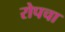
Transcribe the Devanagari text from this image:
रोपचा